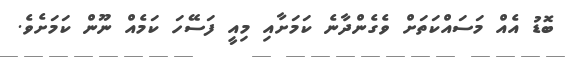
ބޮޑު އެއް މަސައްކަތަށް ވެގެންދާނެ ކަމަށާއި މިއީ ފަސޭހަ ކަމެއް ނޫން ކަމަށެވެ.